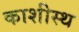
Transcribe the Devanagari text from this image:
काशीस्थ